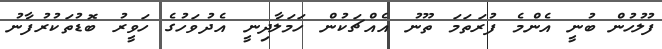
ފުލުހުން ބުނީ އެންމެ ފުރަތަމަ ތޫނު އެއްޗަކުން ހަމަލާދިނީ އެދުވަހުގެ ހަވީރު ބޮޑުތަކުރުފާނު